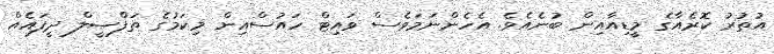
އުތުރު ކޮރެއާގެ މީޑިއާއިން ބުނެއެވެ. އެހެންނަމަވެސް ވައިޓް ހައުސްއިން މިކަމުގެ ތަފްޞީލް ދީފައެއް